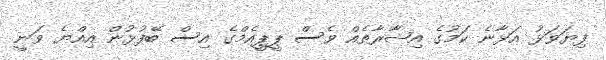
ފިޔަވަޅު އަޅާނެ ކަމުގެ އިޝާރާތެއް ވެސް ޕީޕީއެމްގެ އިސް ބޭފުޅުން އިއްޔެ ވަނީ